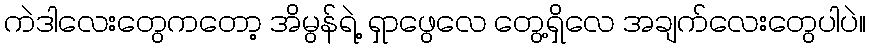
ကဲဒါလေးတွေကတော့ အိမွန်ရဲ့ ရှာဖွေလေ တွေ့ရှိလေ အချက်လေးတွေပါပဲ။